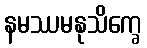
နမဿမနုသိက္ခေ